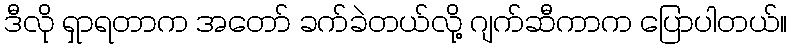
ဒီလို ရှာရတာက အတော် ခက်ခဲတယ်လို့ ဂျက်ဆီကာက ပြောပါတယ်။